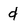
Character: d